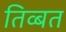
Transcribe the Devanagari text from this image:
तिव्बत